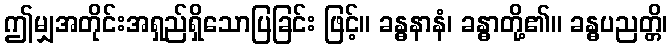
ဤမျှအတိုင်းအရှည်ရှိသောပြခြင်း ဖြင့်။ ခန္ဓနာနံ၊ ခန္ဓာတို့၏။ ခန္ဓပညတ္တိ၊